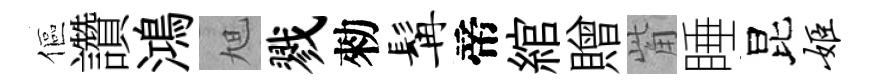
傴讚鴻旭戮勑髯帝綰贈觜睡昆姬